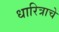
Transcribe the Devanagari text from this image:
धारित्राचे